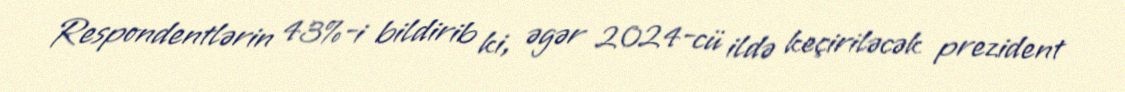
Respondentlərin 43%-i bildirib ki, əgər 2024-cü ildə keçiriləcək prezident